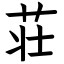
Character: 荘